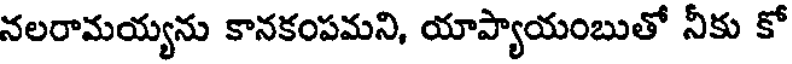
నలరామయ్యను కానకంపమని, యాప్యాయంబుతో నీకు కో